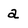
Character: a